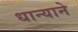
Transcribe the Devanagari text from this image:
धान्याने